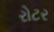
રોટર